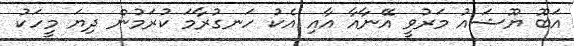
އަބޫ ޔޫޝައު މަރުވީ އޭނާއާ އާއި އެކު ހަނގުރާމަ ކުރަމުން ދިޔަ މީހަކު